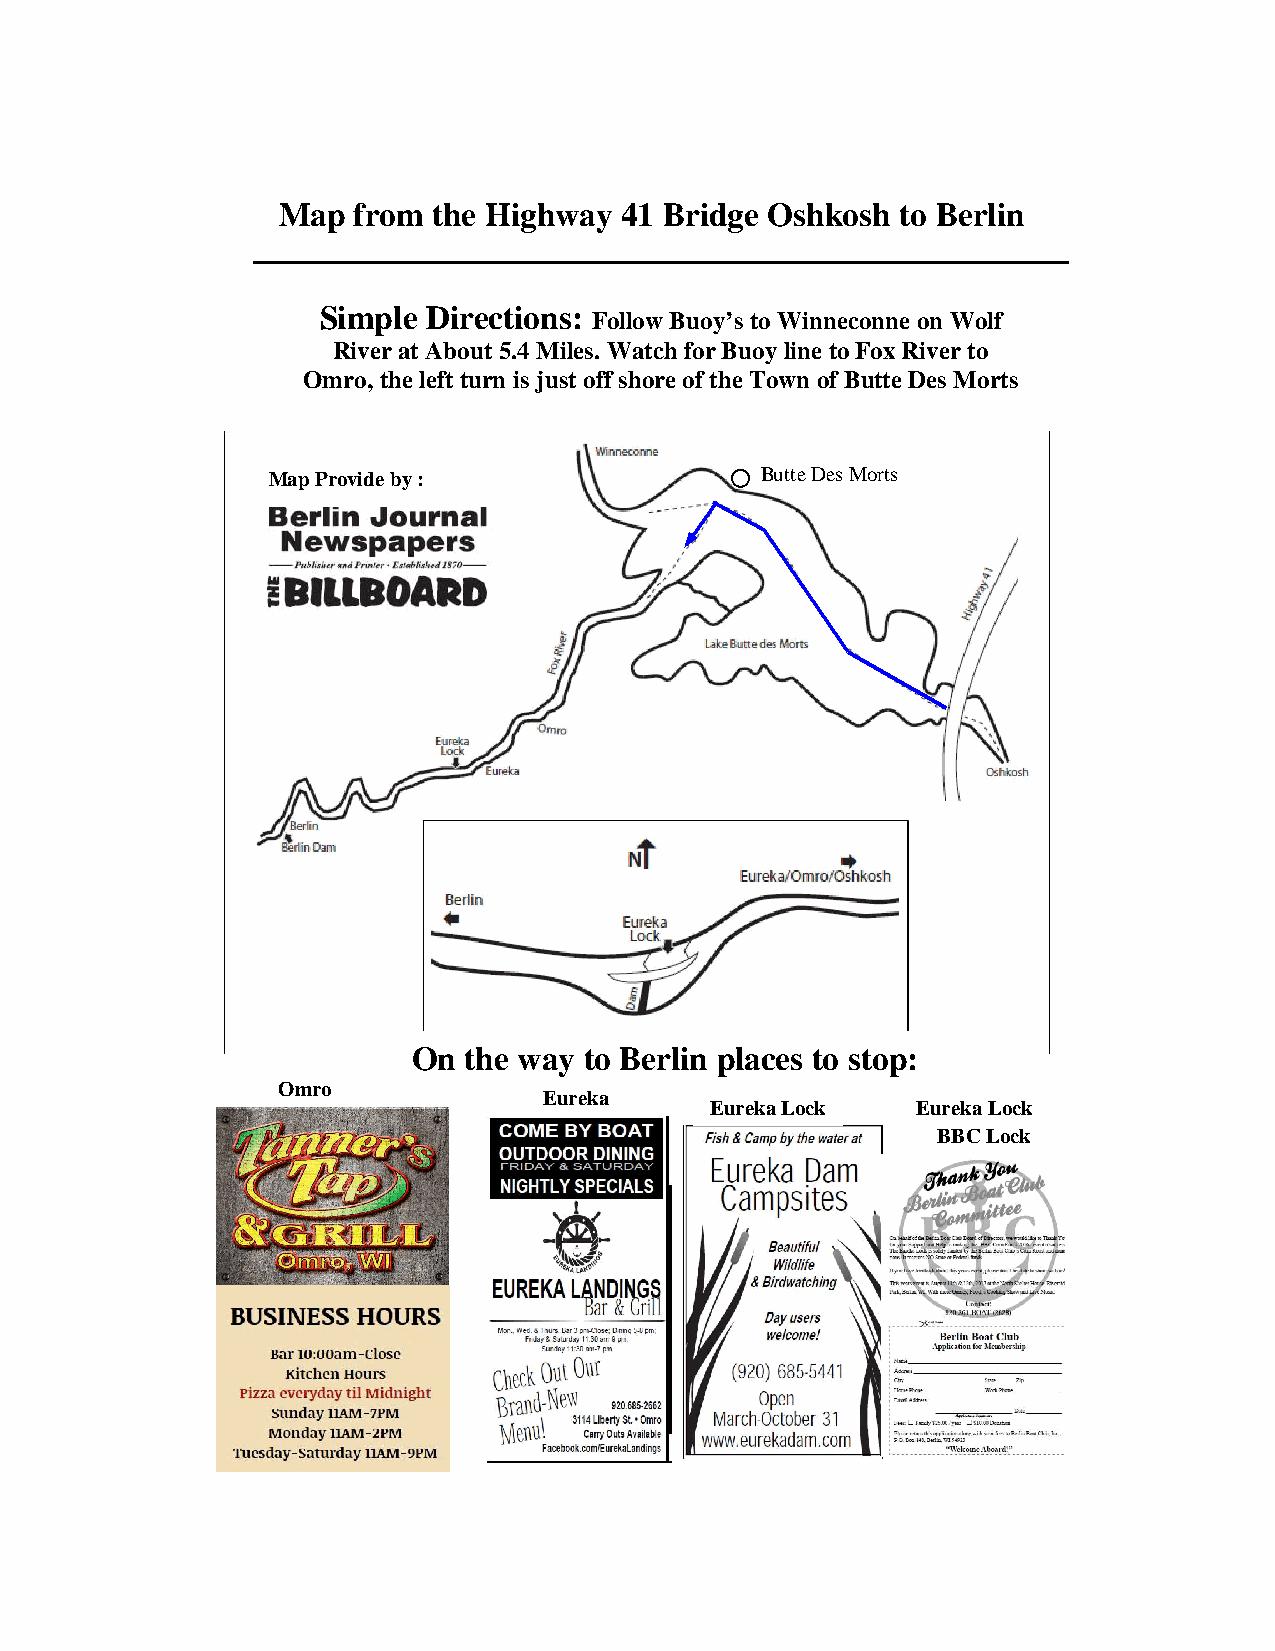
Map  from  the Highway 41 Bridge Oshkosh  to Berlin
 Simple Directions:
 Follow Buoy’s to Winneconne on Wolf
 River at About 5.4 Miles. Watch for Buoy line to Fox River to
 Omro, the left turn is just off shore of the Town of Butte Des Morts
 Map Provide by :                Butte Des Morts
 On  the way to Berlin places to stop:
 Omro
 Eureka
 Eureka Lock   Eureka Lock
 BBC Lock